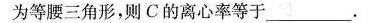
为等腰三角形，则C的离心率等于____.